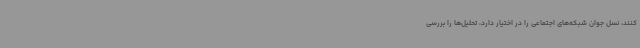
‌کنند، نسل جوان شبکه‌های اجتماعی را در اختیار دارد، تحلیل‌ها را بررسی